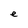
Character: e